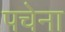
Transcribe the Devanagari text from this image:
पचेना